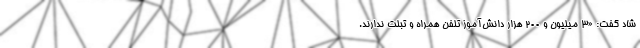
شاد گفت: «3 میلیون و 200 هزار دانش‌آموز تلفن همراه و تبلت ندارند.